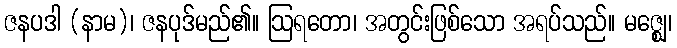
ဇနပဒါ (နာမ)၊ ဇနပုဒ်မည်၏။ ဩရတော၊ အတွင်းဖြစ်သော အရပ်သည်။ မဇ္ဈေ၊